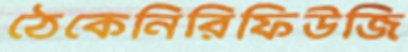
ঠেকেনিরিফিউজি